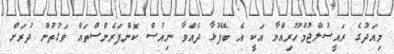
މިއަދުގެ ރައީސުލްޖުމްހޫރިއްޔާ އަކީ އެ ބޭފުޅާ ދެއްވާ ނިއުސް ކޮންފަރެންސްތައް ވަގުތުން ދުރަށް